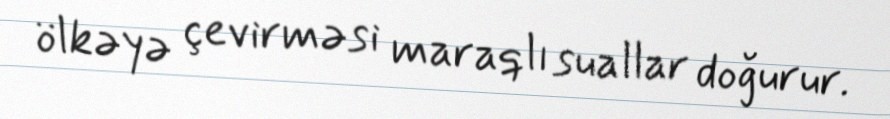
ölkəyə çevirməsi maraqlı suallar doğurur.